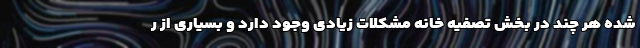
شده هر چند در بخش تصفیه خانه مشکلات زیادی وجود دارد و بسیاری از ر